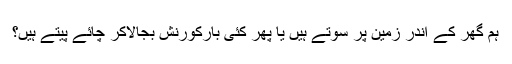
ہم گھر کے اندر زمین پر سوتے ہیں یا پھر کئی بارکورنش بجالاکر چائے پیتے ہیں؟